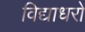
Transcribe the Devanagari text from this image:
विद्याधरो